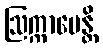
ဩက္ကာမေန္တိ